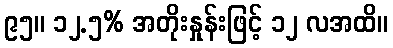
၉၅။ ၁၂.၅% အတိုးနှုန်းဖြင့် ၁၂ လအထိ။